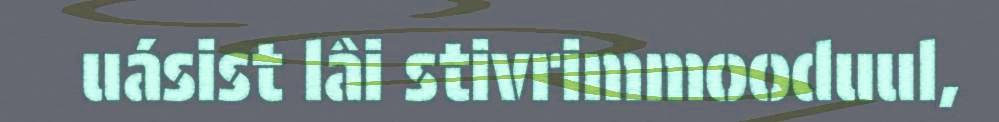
uásist lâi stivrimmooduul,